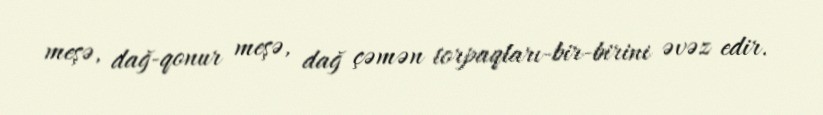
meşə, dağ-qonur meşə, dağ çəmən torpaqları-bir-birini əvəz edir.